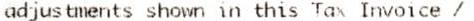
ADJUSTMENTS SHOWN IN THIS TAX INVOICE /